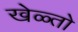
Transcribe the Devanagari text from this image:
खेळ्तो